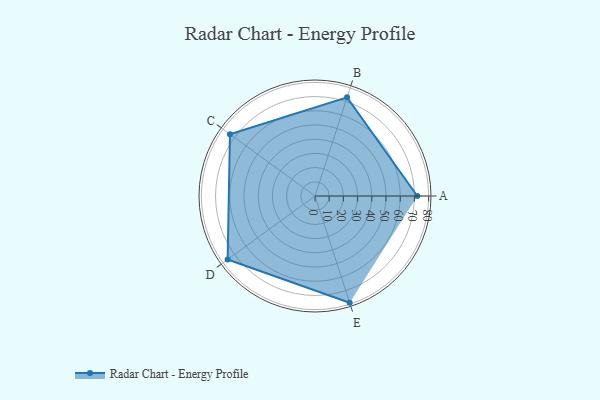
{"axis": {"x": "Skill", "y": "Score"}, "legend": ["Profile"], "data": [{"x": "A", "y": 72.0, "type": "Profile"}, {"x": "B", "y": 73.0, "type": "Profile"}, {"x": "C", "y": 74.0, "type": "Profile"}, {"x": "D", "y": 76.0, "type": "Profile"}, {"x": "E", "y": 79.0, "type": "Profile"}]}